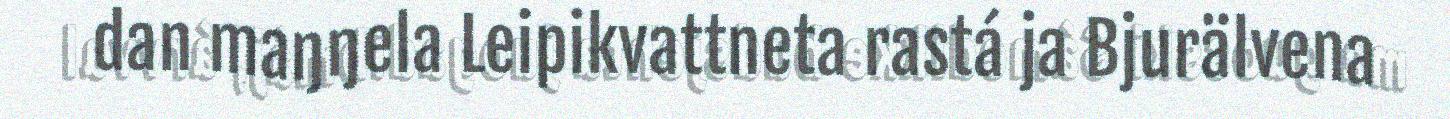
dan maŋŋela Leipikvattneta rastá ja Bjurälvena